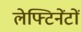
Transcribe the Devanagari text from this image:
लेफ्टिनेंटों